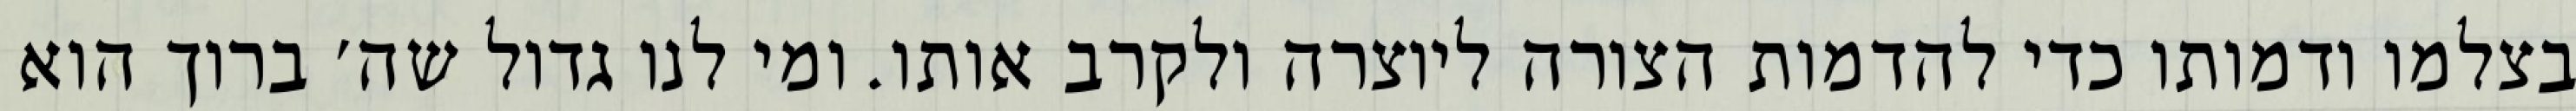
בצלמו ודמותו כדי להדמות הצורה ליוצרה ולקרב אותו. ומי לנו גדול שה׳ ברוך הוא